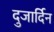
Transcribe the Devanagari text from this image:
दुजार्दिन